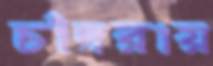
চাঁদরায়